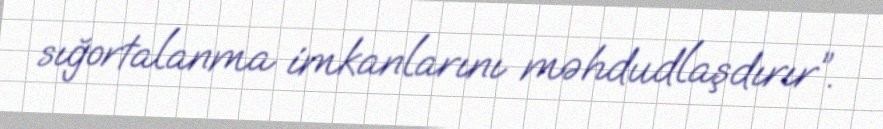
sığortalanma imkanlarını məhdudlaşdırır”.